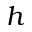
h